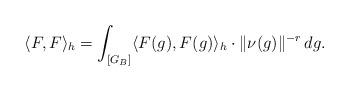
LaTeX: \begin{align*}\langle F,F \rangle_h = \int_{[G_B]} \langle F(g), F(g)\rangle_h \cdot \| \nu(g) \|^{-r} \,dg.\end{align*}